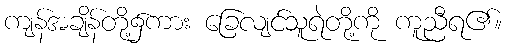
ကျန်အချိန်တို့၌ကား ခြေလျင်သူရဲတို့ကို ကူညီရ၏။